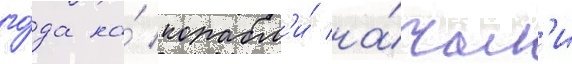
го́да на́ корабл'и́ на́чал'и